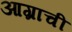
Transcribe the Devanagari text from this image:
आग्राची